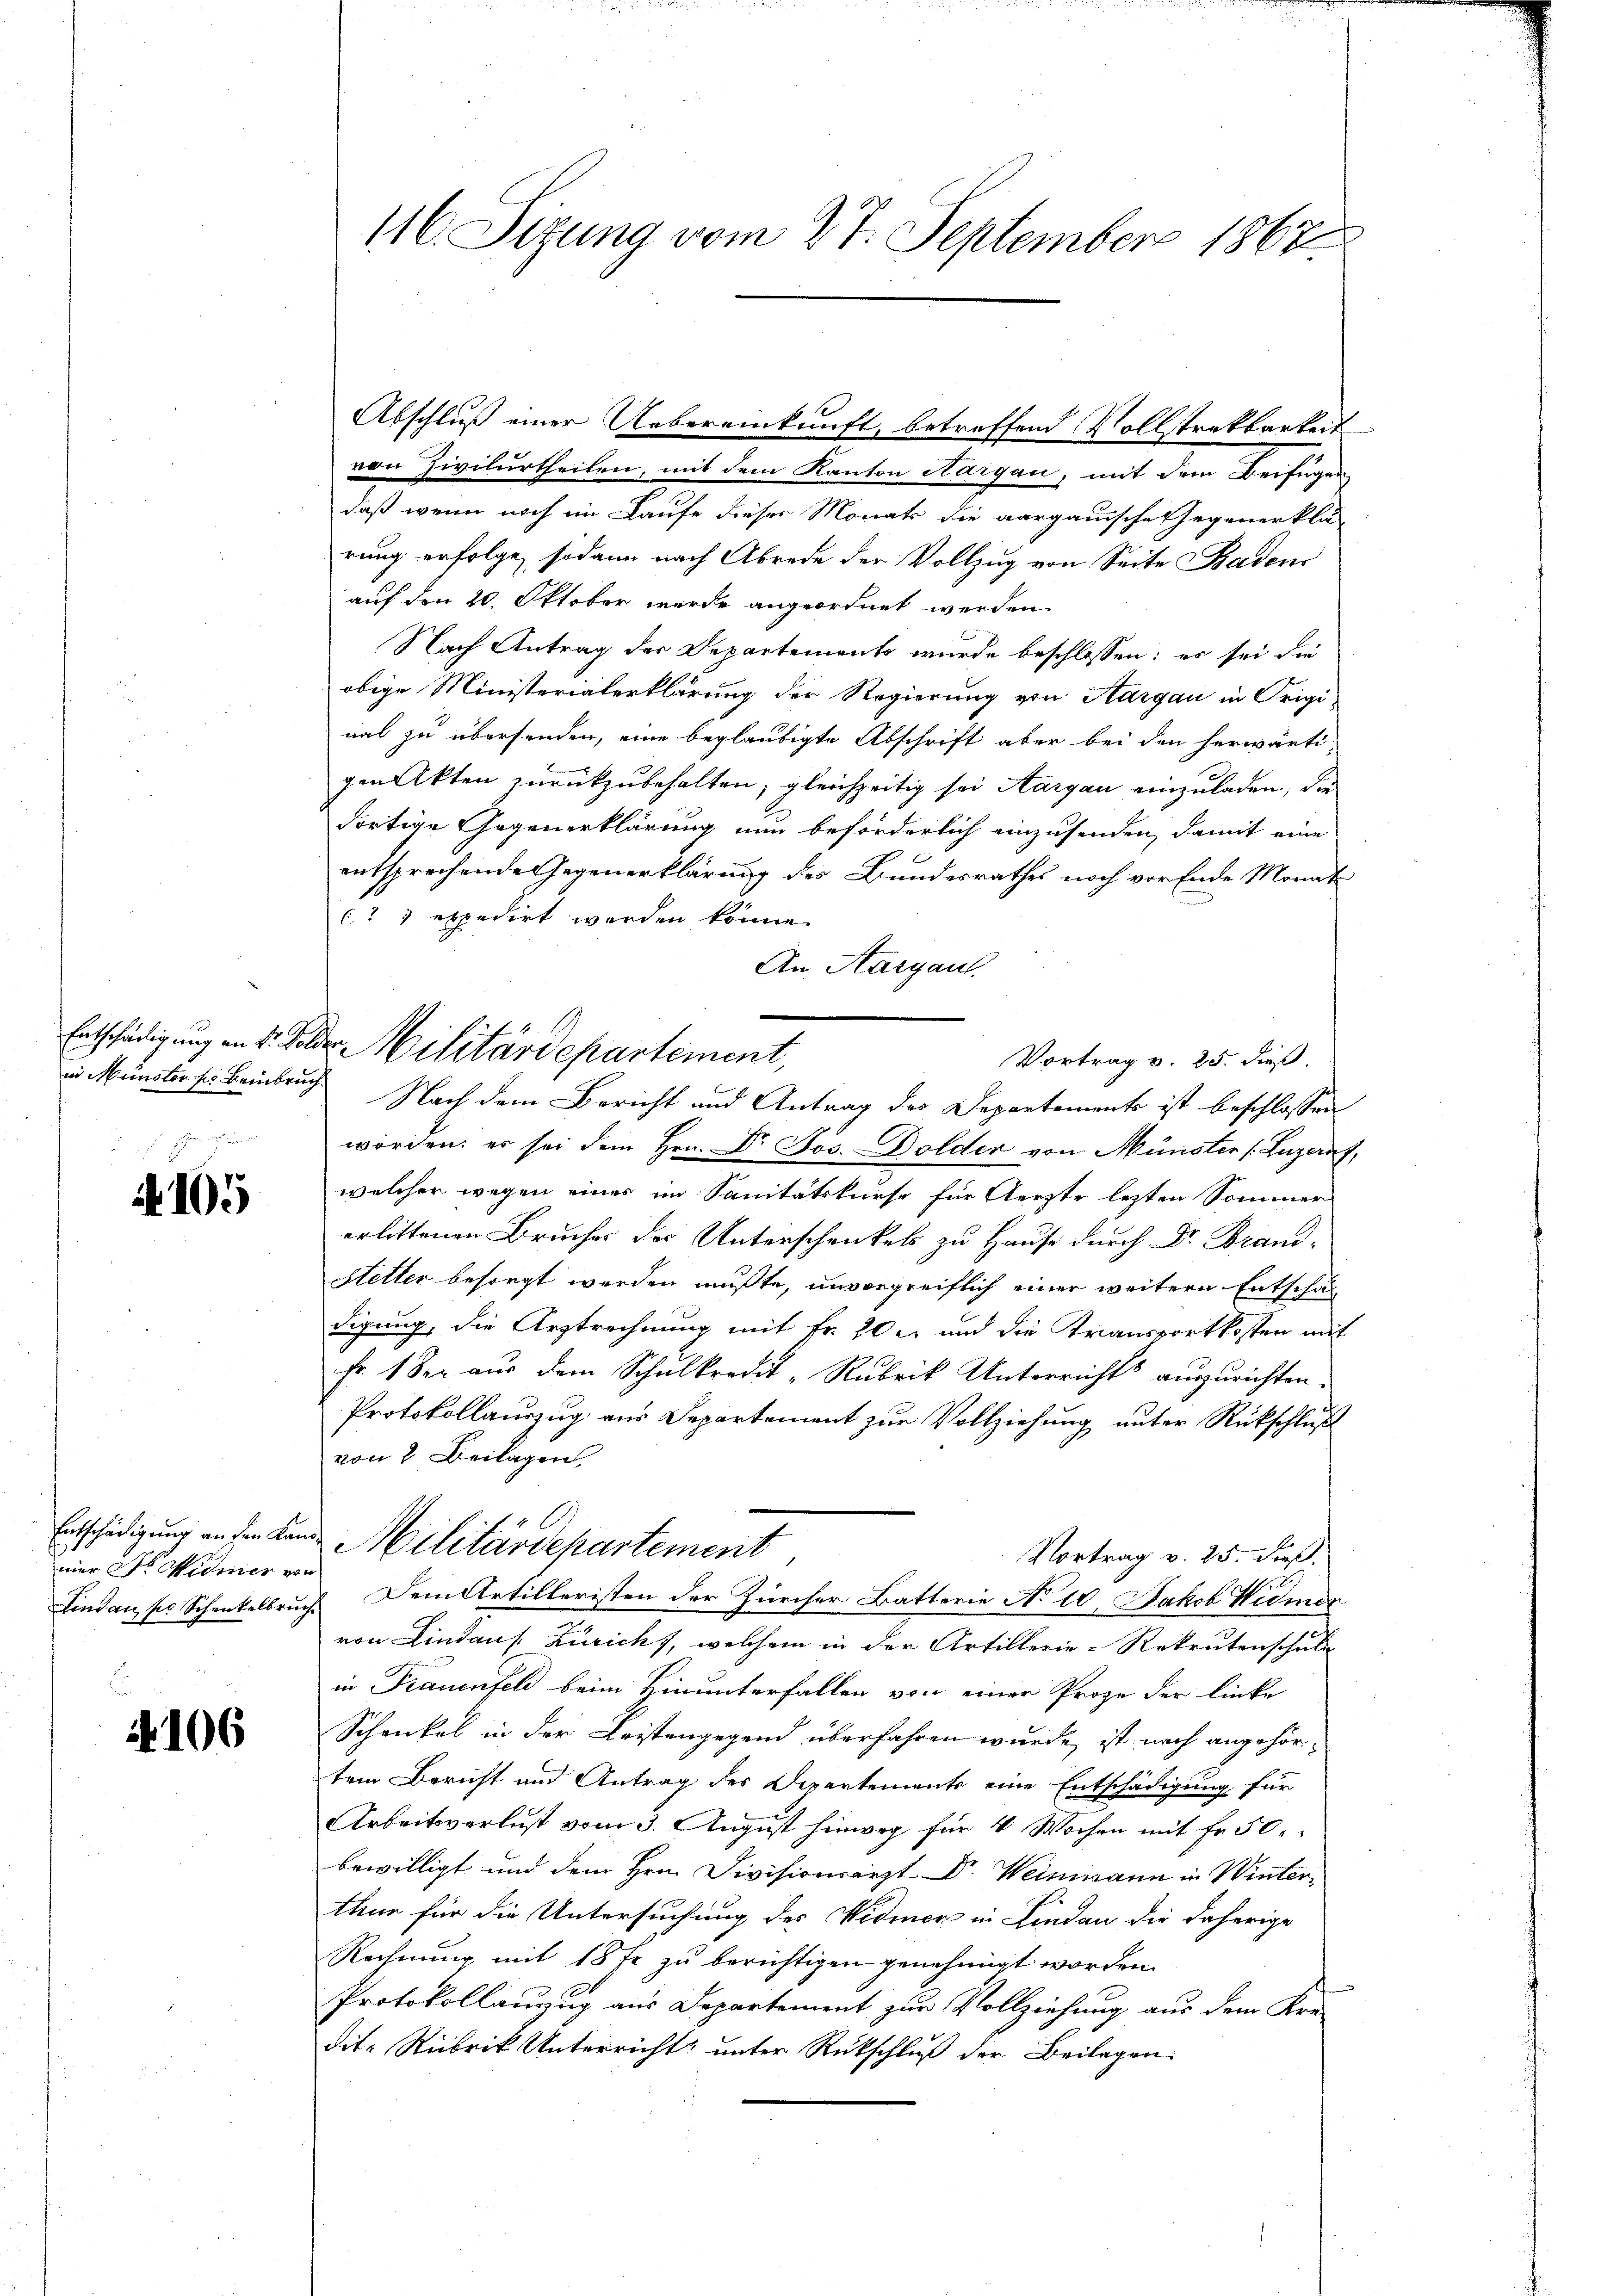
4105

Entschädigung an den Kan
mier Dr. Widmer vo
Lindau so Schenkelbruch

106

t
116. Sitzung vom 27. September 1867.

Abschluß einer Uebereinkunft, betreffend Vollstrekbarkeit
von Zivilurtheilen, mit dem Kanton Aargau, mit dem Beifügen
daß wenn noch im Laufe dieses Monats die aargauische Gegenerklä-
rung erfolge, sodann nach Abrede der Vollzug von Seite Baden
auf den 20. Oktober wurde angeordnet werden.
Nach Antrag des Departements wurde beschlossen: es sei die
obige Ministerialerklärung der Regierung von Aargau in Origi
nal zu übersenden, eine beglaubigte Abschrift aber bei den herwärti-
gen Akten zurückzubehalten, gleichzeitig sei Aargau einzuladen, die
dortige Gegenerklärung nun beförderlich einzusenden, damit eine
entsprechende Gegenerklärung des Bundesrathes noch vor Ende Monat
C.  expedirt werden könne.
An Aargau.
Vortrag v. 25. dieß.
in Münster sie Beinbruch Nach dem Bericht und Antrag des Departements ist beschlossen
worden; es sei dem Hrn. Dr. Jos. Dolder von Münster (Luzern,
welcher wegen eines im Sanitätskurse für Aerzte lezten Sommer
erlittenen Bruches der Unterschenkes zu Hause durch Dr. Brand¬
Hetter besorgt werden mußte, unvorgreiflich einer weitern Entschaf
digung, die Arztrechnung mit Fr. 20 l. und die Transportkosten mit
Fr. 1 der aus dem Schulkredit-Rubrik Unterricht auszurichten.
Protokollauszug aus Departement zur Vollziehung unter Rückschluß
von 7 Beilagen
Militärdepartement
Vortrag v. 25. dieß.
 Dem Artilleristen der Zürcher Batterie No 10. Jakob Widmer
von Lindau s. Zürich, welchem in der Artillerie-Rekrutenschule
in Frauenfeld beim Hinunterfallen von einer Proze der linke
Schenkel in der Leistengegend überfahren wurde, ist nach angehörtem Bericht und Antrag des Departemente eine Entschädigung für
Arbeitsverlust vom 3. August hinweg für 4 Wochen mit Fr. 50.
bewilligt und dem Hrn. Divisionsarzt Dr. Weinmann in Winterthur für die Untersuchung des Vidmer in Linden die daherige
Rechnung mit 18 fr zu berichtigen genehmigt worden.
Protokollauzug aus Departement zur Vollziehung aus dem Kre-
dit. Rubrik Unterricht unter Rückschlŭβ der Beilagen

Entschädigung in 4. Felder Militärdepartement,